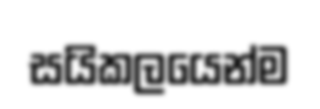
සයිකලයෙන්ම